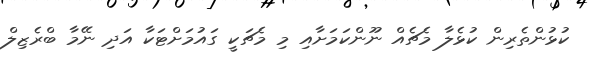
ކުޅުންތެރިން ކުޅެލާ މެޗެއް ނޫންކަމަށާއި މި މެޗަކީ ގައުމަށްޓަކާ އަދި ނޭމާ ބްރެޒިލް